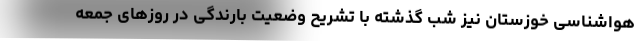
هواشناسی خوزستان نیز شب گذشته با تشریح وضعیت بارندگی در روزهای جمعه